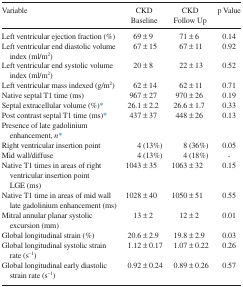
| Variable | CKD Baseline | CKD Follow Up | p Value |
 | --- | --- | --- | --- |
 | Left ventricular ejection fraction (%) | 69 ± 9 | 71 ± 6 | 0.14 |
 | Left ventricular end diastolic volume index (ml/m2) | 67 ± 15 | 67 ± 11 | 0.92 |
 | Left ventricular end systolic volume index (ml/m2) | 20 ± 8 | 22 ± 13 | 0.52 |
 | Left ventricular mass indexed (g/m2) | 62 ± 14 | 62 ± 11 | 0.71 |
 | Native septal T1 time (ms) | 967 ± 27 | 970 ± 26 | 0.19 |
 | Septal extracellular volume (%)* | 26.1 ± 2.2 | 26.6 ± 1.7 | 0.33 |
 | Post contrast septal T1 time (ms)* | 437 ± 37 | 448 ± 26 | 0.13 |
 | Presence of late gadolinium enhancement, n* | <COLSPAN=3>  |
 | Right ventricular insertion point | 4 (13%) | 8 (36%) | 0.05 |
 | Mid wall/diffuse | 4 (13%) | 4 (18%) | - |
 | Native T1 times in areas of right ventricular insertion point LGE (ms) | 1043 ± 35 | 1063 ± 32 | 0.15 |
 | Native T1 time in areas of mid wall late gadolinium enhancement (ms) | 1028 ± 40 | 1050 ± 51 | 0.55 |
 | Mitral annular planar systolic excursion (mm) | 13 ± 2 | 12 ± 2 | 0.01 |
 | Global longitudinal strain (%) | 20.6 ± 2.9 | 19.8 ± 2.9 | 0.03 |
 | Global longitudinal systolic strain rate (s−1) | 1.12 ± 0.17 | 1.07 ± 0.22 | 0.26 |
 | Global longitudinal early diastolic strain rate (s−1) | 0.92 ± 0.24 | 0.89 ± 0.26 | 0.57 |